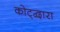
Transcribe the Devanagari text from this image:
कोट्द्वारा